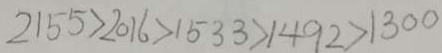
2 1 5 5 > 2 0 1 6 > 1 5 3 3 > 1 4 9 2 > 1 3 0 0